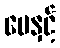
မေနှင့်